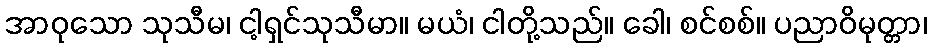
အာဝုသော သုသီမ၊ ငါ့ရှင်သုသီမာ။ မယံ၊ ငါတို့သည်။ ခေါ၊ စင်စစ်။ ပညာဝိမုတ္တာ၊